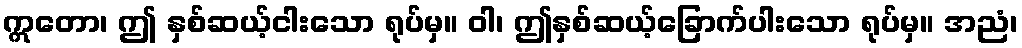
ဣတော၊ ဤ နှစ်ဆယ့်ငါးသော ရုပ်မှ။ ဝါ၊ ဤနှစ်ဆယ့်ခြောက်ပါးသော ရုပ်မှ။ အညံ၊